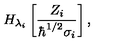
H _ { \lambda _ { i } } \left[ \frac { Z _ { i } } { \hbar ^ { 1 / 2 } \sigma _ { i } } \right] ,